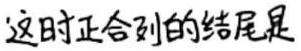
这时正合列的结尾是